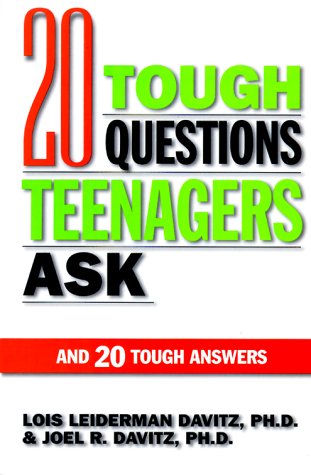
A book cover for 20 Tough Questions Teenagers Ask and 20 Tough Answers; Lois Leiderman Davitz; Teen & Young Adult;